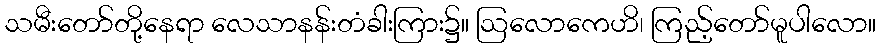
သမီးတော်တို့နေရာ လေသာနန်းတံခါးကြား၌။ ဩလောကေဟိ၊ ကြည့်တော်မူပါလော။